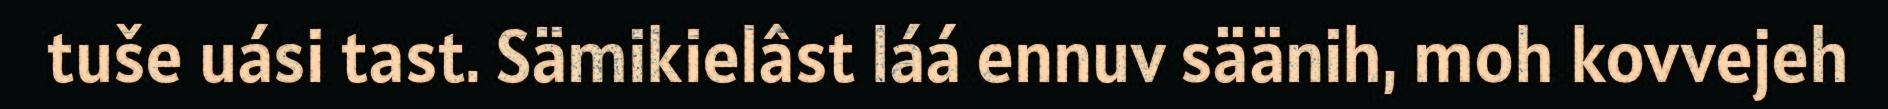
tuše uási tast. Sämikielâst láá ennuv säänih, moh kovvejeh